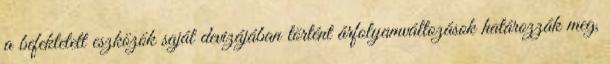
a befektetett eszközök saját devizájában történt árfolyamváltozások határozzák meg,